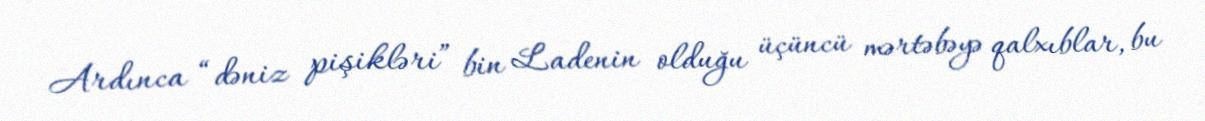
Ardınca “dəniz pişikləri” bin Ladenin olduğu üçüncü mərtəbəyə qalxıblar, bu